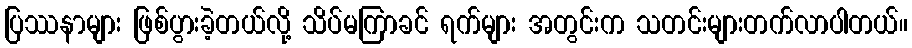
ပြဿနာများ ဖြစ်ပွားခဲ့တယ်လို့ သိပ်မကြာခင် ရက်များ အတွင်းက သတင်းများတက်လာပါတယ်။